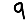
Digit: 9